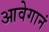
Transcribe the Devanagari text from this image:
आवेगानं